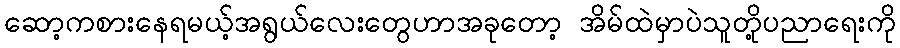
ဆော့ကစားနေရမယ့်အရွယ်လေးတွေဟာအခုတော့ အိမ်ထဲမှာပဲသူတို့ပညာရေးကို